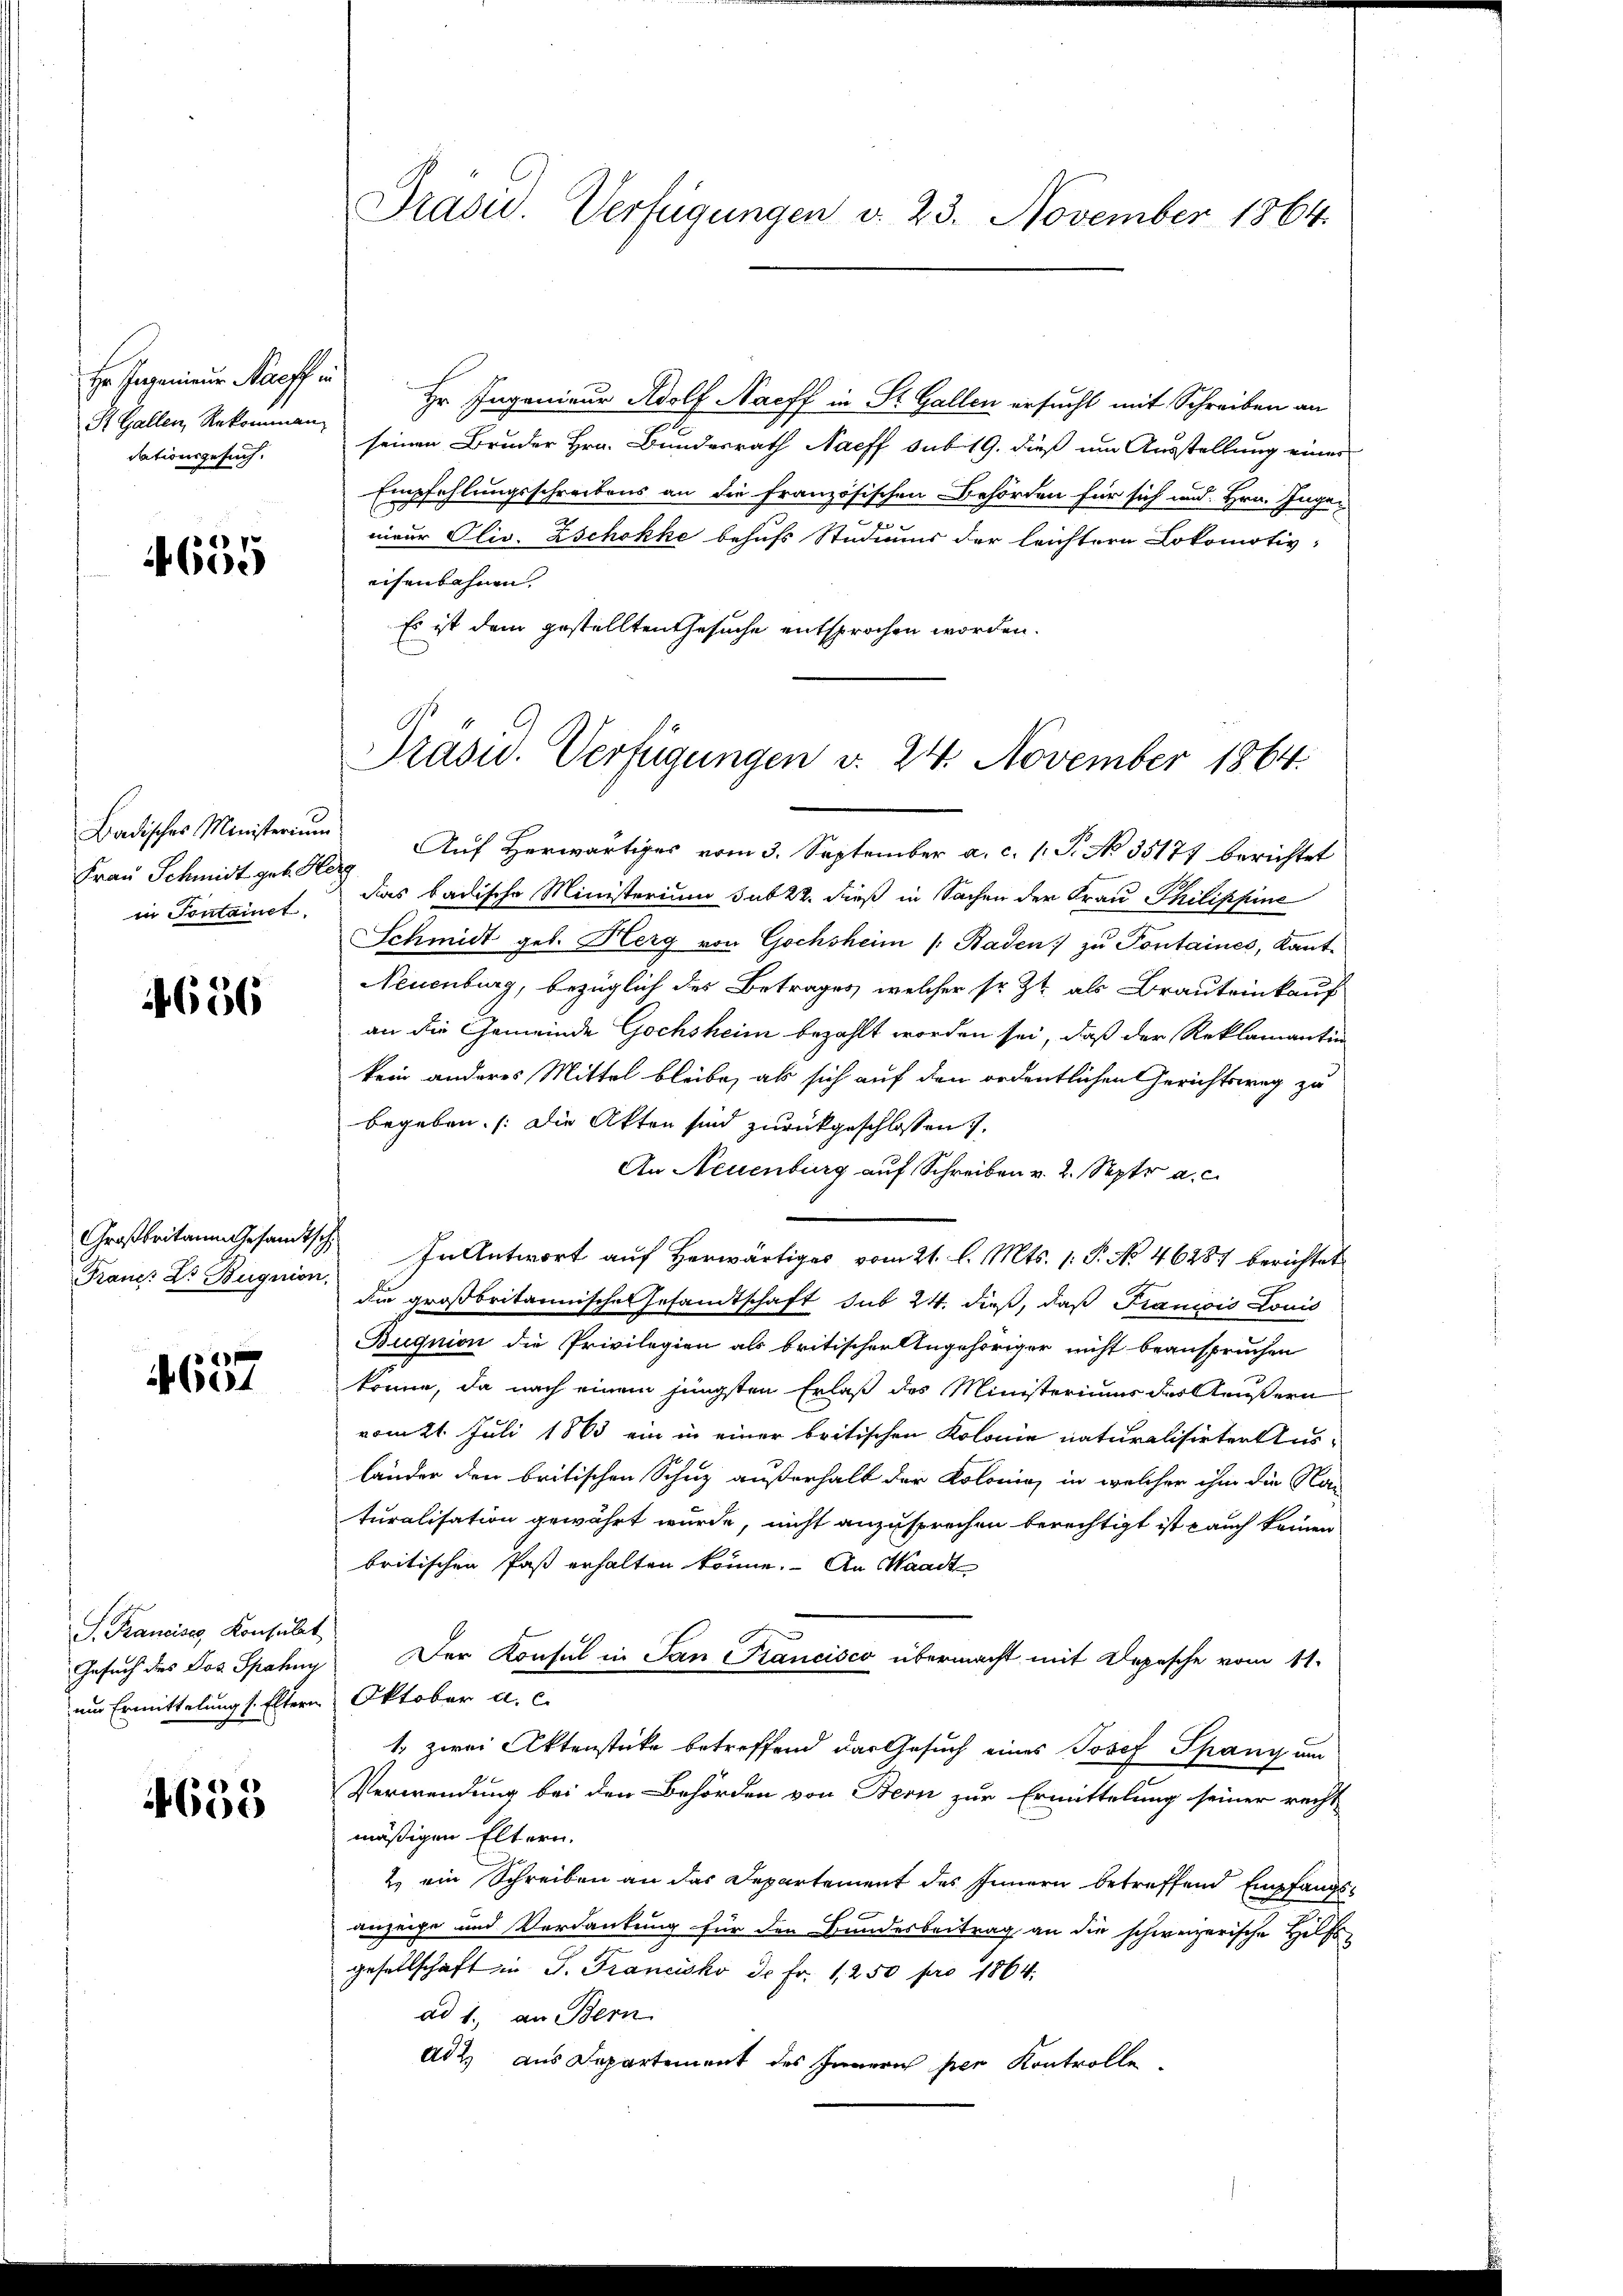
Er sagenieur Maeff in
St. Gallen, Rekomman
dationsgesuch.

4655

Badisches Ministerium

4656

Franct Dr. Buquion,

657

S. Francises, Konsulat

4655

Hr. Ingenieur Adolf Nacff in St. Gallen ersucht mit Schreiben an
seinen Bruder Hrn. Bundesrath Naeff sub 19. dieß um Ausstellung einer
Empfehlungsschreibens an die französischen Behörden für sich und Hrn. Inge-
s
nieur Oliv. Zschokke behufs Studiums der leichtern Lokomotiv:
eisenbahnen.
Es ist dem gestellten Gesuche entsprochen worden.
Frau Schmidt geb. Her Auf herwärtiges vom 3. September a. c. 1. P. No 35177 berichtet
in Fontainet das badische Ministerium sub 22. dieß in Sachen der Frau Philippine
SSchmidt geb. Herg von Gochsheim (Baden) zu Pontaines, Kant¬
Neuenburg, bezüglich des Betrages, welcher sr. Zt. als Brauteinkauf
an die Gemeinde Gochsheim bezahlt worden sei, daß der Reklamantion
kein anderes Mittel bleibe, als sich auf den ordentlichen Gerichtsweg zu
begeben. (Die Akten sind zurückgeschlossen.
An Neuenburg auf Schreiben v. 2. Sept. a. c.
Großbritanen Gesamtsch In Antwort auf herwärtiges vom 21. l. Mts. 1. P. No 46287 berichtet
die großbritannisches Gesamtschaft sub 24. dieß, daß Francois Louis
Bugnion die Privilegien als britischer Angehöriger nicht beanspruchen
könne, da nach einem jüngsten Erlaß des Ministeriums des Aeußern
vom 21. Juli 1863 ein in einer britischen Kolonie naturalisirter Ausländer den britischen Schuz außerhalt der Kolonia, in welcher ihm die Nac
turalisation gewährt wurde, nicht anzusprechen berechtigt ist auch keinen
britischen Paß erhalten könne. An Waadt
Gesuch des Jos. Spahny Der Konsul in San Francisco übermacht mit Depesche vom 11.
um Ermittelung s. Eltern Oktober a. c.
1. zwei Aktenstücke betreffend das Gesuch eines Josef Spany um
Verwendung bei den Behörden von Bern zur Ermittelung seiner recht
mäßigen Eltern.
2. ein Schreiben an das Departement des Innern betreffend Empfangsanzeige und Verdankung für den Bundesbeitrag an die schweizerische Hilfs-
gesellschaft in P. Francisko de Fr. 1250 pro 1864.
ad 1., an Bern
Ad 2. aus Departement des Innerich per Kontrolle

Prasis. Verfügungen d. 23. November 1864.

Präsid. Verfügungen v. 24. November 1864.